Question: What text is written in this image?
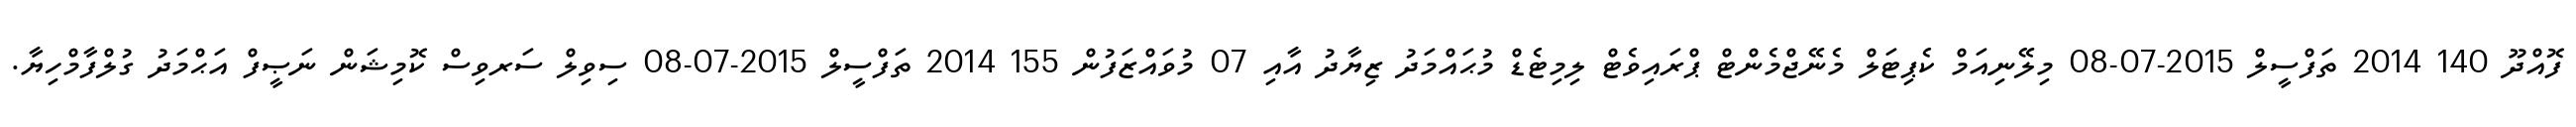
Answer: ފޮއްދޫ 140 2014 ތަފްސީލް 2015-07-08 މިލޭނިއަމް ކެޕިޓަލް މެނޭޖްމެންޓް ޕްރައިވެޓް ލިމިޓެޑް މުޙައްމަދު ޒިޔާދު އާއި 07 މުވައްޒަފުން 155 2014 ތަފްސީލް 2015-07-08 ސިވިލް ސަރވިސް ކޮމިޝަން ނަޞީފް އަޙްމަދު ގުލްފާމްހިޔާ.